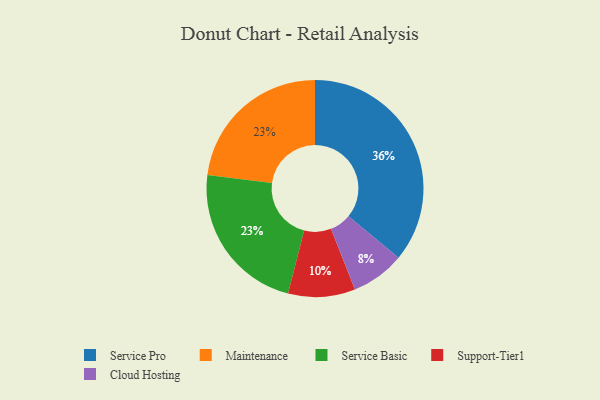
{"axis": {"x": "Category", "y": "Percentage"}, "legend": ["Cloud Hosting", "Maintenance", "Service Basic", "Service Pro", "Support-Tier1"], "data": [{"x": "Cloud Hosting", "y": 8, "type": "Cloud Hosting"}, {"x": "Service Pro", "y": 36, "type": "Service Pro"}, {"x": "Support-Tier1", "y": 10, "type": "Support-Tier1"}, {"x": "Maintenance", "y": 23, "type": "Maintenance"}, {"x": "Service Basic", "y": 23, "type": "Service Basic"}]}